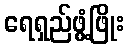
ရေရှည်ဖွံ့ဖြိုး